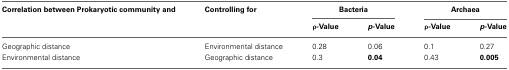
| Correlation between Prokaryotic community and | Controlling for | <COLSPAN=2> Bacteria | <COLSPAN=2> Archaea |
 |  |  | ρ-Value | p-Value | ρ-Value | p-Value |
 | --- | --- | --- | --- | --- | --- |
 | Geographic distance | Environmental distance | 0.28 | 0.06 | 0.1 | 0.27 |
 | Environmental distance | Geographic distance | 0.3 | 0.04 | 0.43 | 0.005 |